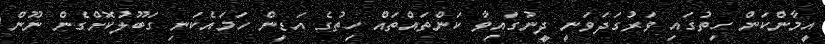
އީމާންކަން ހިތުގައި ވަރުގަދަވަނީ ދީނުގައިވާ ކަންތައްތައް ހިތުގެ އަޑިން ހަމައެކަނި ގަބޫލުކޮށްގެން ނޫން